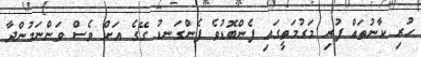
ހުރި ކާނުތައް ފުރި މަގުމަތީގައި ފެންބޮޑުވެ ފެންގަނޑު ގޭގެ އަށް ވެސް ވަންނަމުންދާ